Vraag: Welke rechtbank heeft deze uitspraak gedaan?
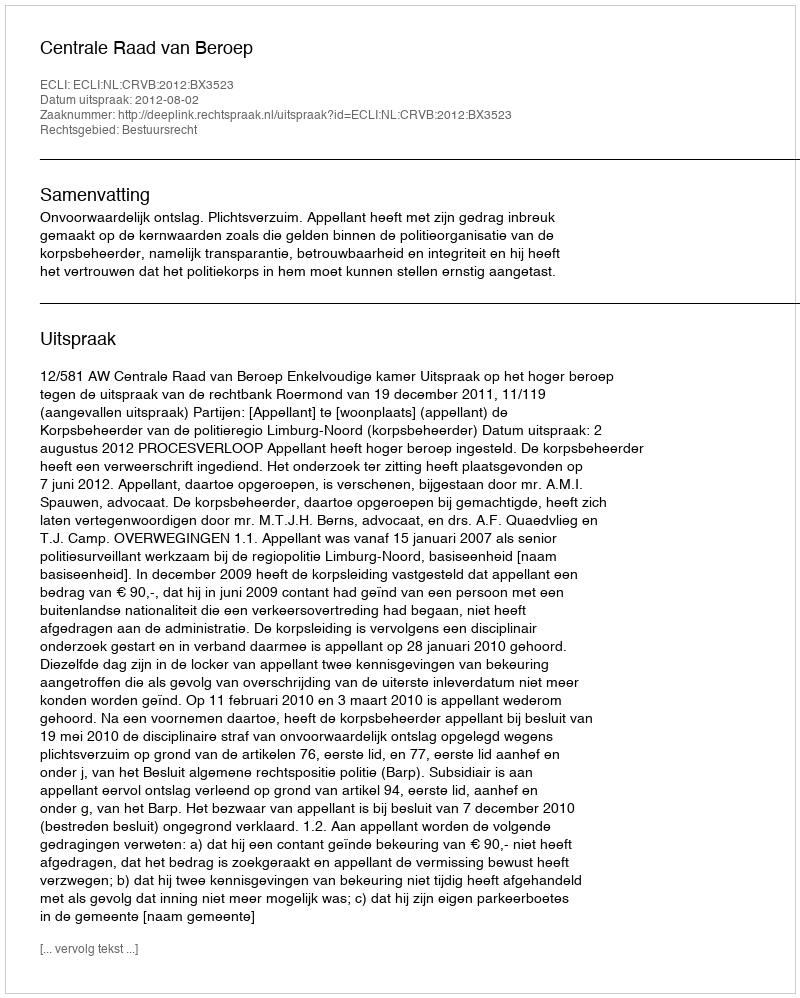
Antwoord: Centrale Raad van Beroep